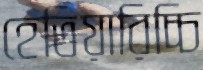
হেতিয়ারিচ্চি